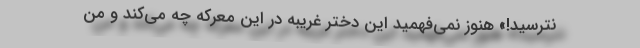
نترسید!» هنوز نمی‌فهمید این دختر غریبه در این معرکه چه می‌کند و من